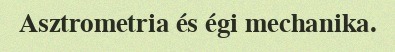
Asztrometria és égi mechanika.